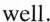
well.